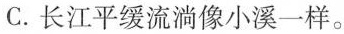
C.长江平缓流淌像小溪一样。